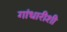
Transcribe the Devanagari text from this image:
गांधारीशी